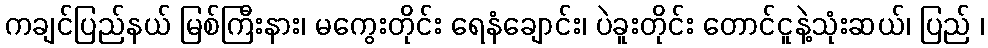
ကချင်ပြည်နယ် မြစ်ကြီးနား၊ မကွေးတိုင်း ရေနံချောင်း၊ ပဲခူးတိုင်း တောင်ငူနဲ့သုံးဆယ်၊ ပြည် ၊